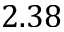
2 . 3 8